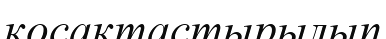
қосақтастырылып